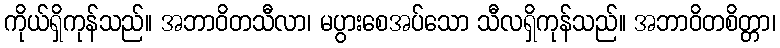
ကိုယ်ရှိကုန်သည်။ အဘာဝိတသီလာ၊ မပွားစေအပ်သော သီလရှိကုန်သည်။ အဘာဝိတစိတ္တာ၊